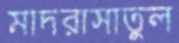
মাদরাসাতুল